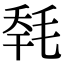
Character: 𣭹